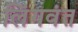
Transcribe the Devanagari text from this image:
लिंगवंत